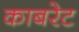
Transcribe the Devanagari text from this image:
काबरेट